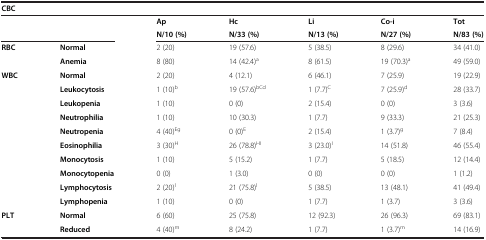
<table><thead><tr><td colspan="7"><b>CBC</b></td></tr><tr><td rowspan="2" colspan="2"></td><td><b>Ap</b></td><td><b>Hc</b></td><td><b>Li</b></td><td><b>Co-i</b></td><td><b>Tot</b></td></tr><tr><td><b>N/10 (%)</b></td><td><b>N/33 (%)</b></td><td><b>N/13 (%)</b></td><td><b>N/27 (%)</b></td><td><b>N/83 (%)</b></td></tr></thead><tbody><tr><td rowspan="2"><b>RBC</b></td><td><b>Normal</b></td><td>2 (20)</td><td>19 (57.6)</td><td>5 (38.5)</td><td>8 (29.6)</td><td>34 (41.0)</td></tr><tr><td><b>Anemia</b></td><td>8 (80)</td><td>14 (42.4)<sup>a</sup></td><td>8 (61.5)</td><td>19 (70.3)<sup>a</sup></td><td>49 (59.0)</td></tr><tr><td rowspan="10"><b>WBC</b></td><td><b>Normal</b></td><td>2 (20)</td><td>4 (12.1)</td><td>6 (46.1)</td><td>7 (25.9)</td><td>19 (22.9)</td></tr><tr><td><b>Leukocytosis</b></td><td>1 (10)<sup>b</sup></td><td>19 (57.6)<sup>bCd</sup></td><td>1 (7.7)<sup>C</sup></td><td>7 (25.9)<sup>d</sup></td><td>28 (33.7)</td></tr><tr><td><b>Leukopenia</b></td><td>1 (10)</td><td>0 (0)</td><td>2 (15.4)</td><td>0 (0)</td><td>3 (3.6)</td></tr><tr><td><b>Neutrophilia</b></td><td>1 (10)</td><td>10 (30.3)</td><td>1 (7.7)</td><td>9 (33.3)</td><td>21 (25.3)</td></tr><tr><td><b>Neutropenia</b></td><td>4 (40)<sup>Eg</sup></td><td>0 (0)<sup>E</sup></td><td>2 (15.4)</td><td>1 (3.7)<sup>g</sup></td><td>7 (8.4)</td></tr><tr><td><b>Eosinophilia</b></td><td>3 (30)<sup>H</sup></td><td>26 (78.8)<sup>HI</sup></td><td>3 (23.0)<sup>I</sup></td><td>14 (51.8)</td><td>46 (55.4)</td></tr><tr><td><b>Monocytosis</b></td><td>1 (10)</td><td>5 (15.2)</td><td>1 (7.7)</td><td>5 (18.5)</td><td>12 (14.4)</td></tr><tr><td><b>Monocytopenia</b></td><td>0 (0)</td><td>1 (3.0)</td><td>0 (0)</td><td>0 (0)</td><td>1 (1.2)</td></tr><tr><td><b>Lymphocytosis</b></td><td>2 (20)<sup>l</sup></td><td>21 (75.8)<sup>l</sup></td><td>5 (38.5)</td><td>13 (48.1)</td><td>41 (49.4)</td></tr><tr><td><b>Lymphopenia</b></td><td>1 (10)</td><td>0 (0)</td><td>1 (7.7)</td><td>1 (3.7)</td><td>3 (3.6)</td></tr><tr><td rowspan="2"><b>PLT</b></td><td><b>Normal</b></td><td>6 (60)</td><td>25 (75.8)</td><td>12 (92.3)</td><td>26 (96.3)</td><td>69 (83.1)</td></tr><tr><td><b>Reduced</b></td><td>4 (40)<sup>m</sup></td><td>8 (24.2)</td><td>1 (7.7)</td><td>1 (3.7)<sup>m</sup></td><td>14 (16.9)</td></tr></tbody></table>